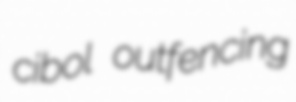
cibol outfencing